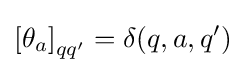
\left[\theta _{a}\right]_{qq^{\prime }}=\delta (q,a,q^{\prime })